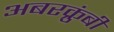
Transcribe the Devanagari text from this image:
अबरक्रुंबी